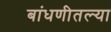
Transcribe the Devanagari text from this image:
बांधणीतल्या